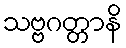
သဗ္ဗဂတ္တာနိ